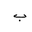
Letter: _ba